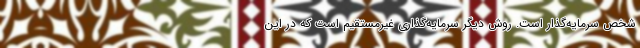
شخص سرمایه‌گذار است. روش دیگر سرمایه‌گذاری غیرمستقیم است که در این